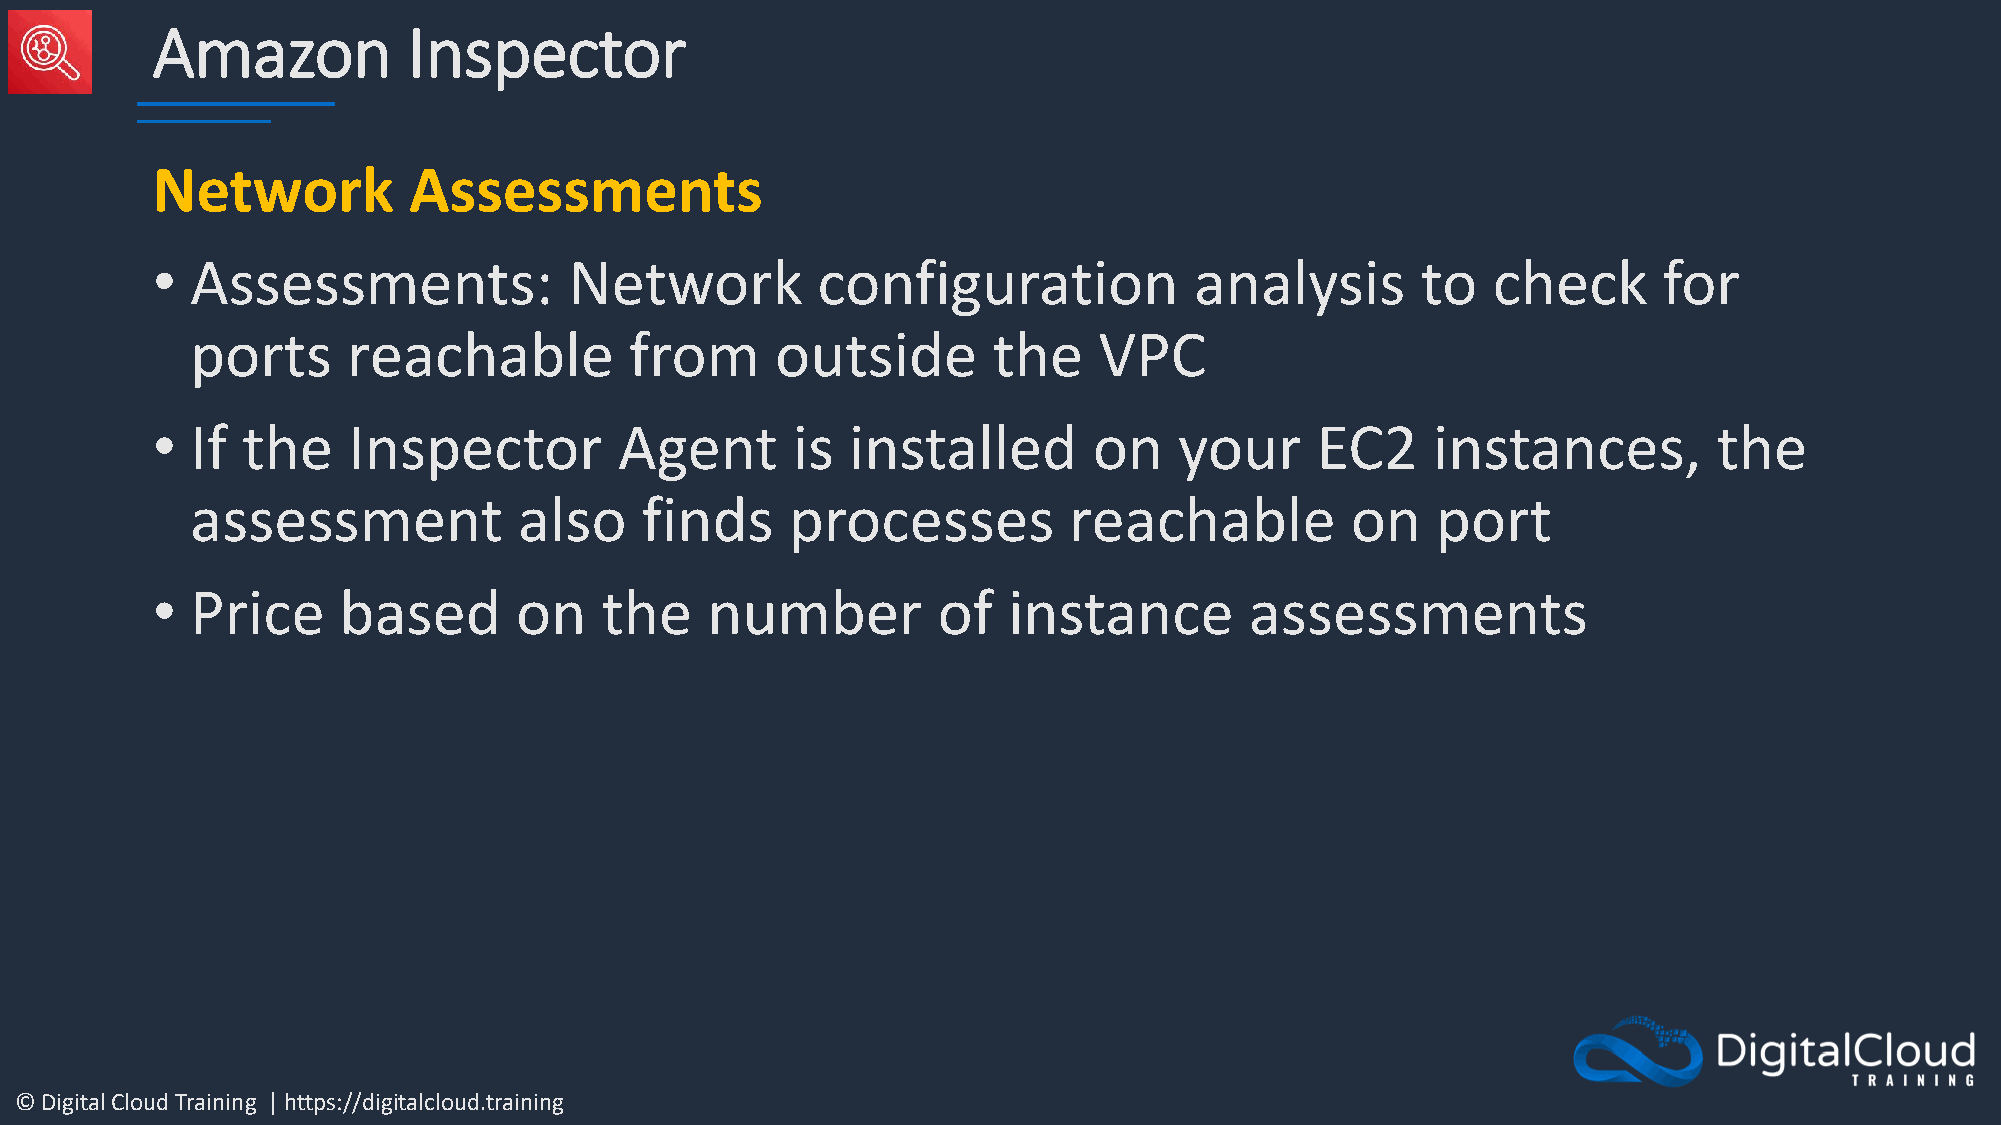
Amazon           Inspector
 Network          Assessments
 •  Assessments:             Network         configuration            analysis       to   check      for
 ports     reachable          from     outside        the    VPC
 •  If the    Inspector         Agent      is  installed       on    your     EC2     instances,         the
 assessment           also    finds     processes          reachable         on    port
 •  Price    based       on    the    number         of   instance        assessments
 © Digital Cloud Training | https://digitalcloud.training